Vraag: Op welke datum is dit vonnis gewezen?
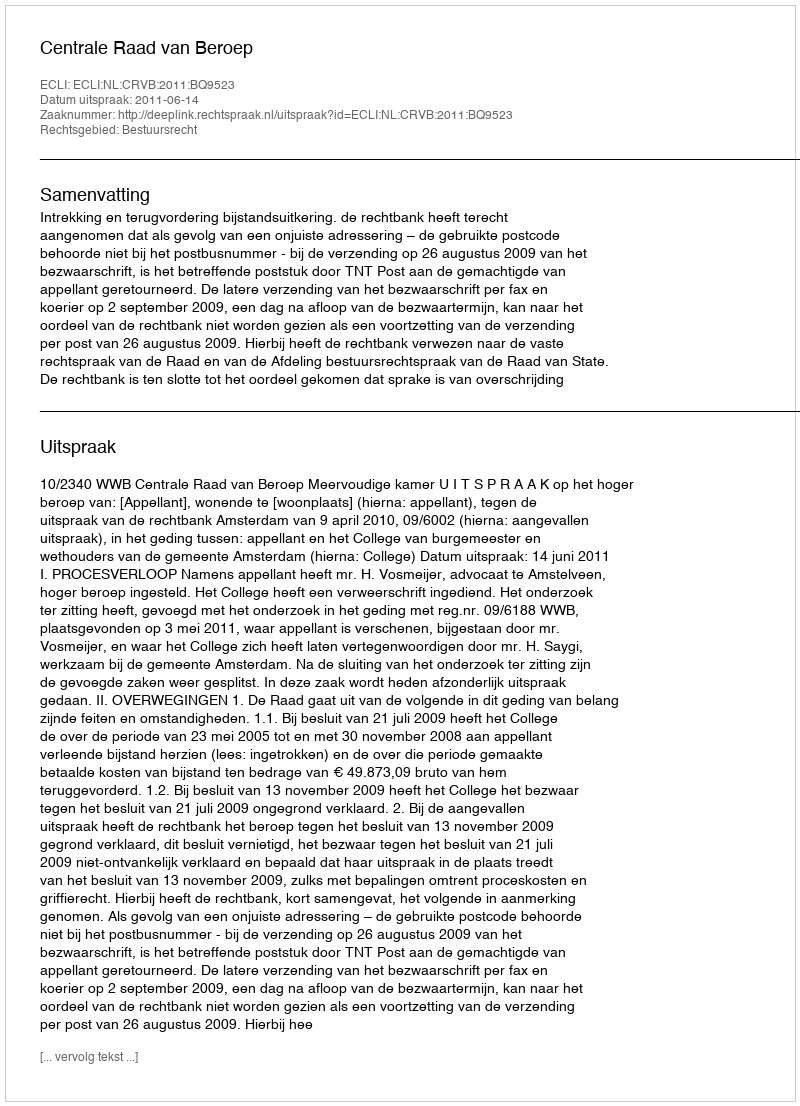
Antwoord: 2011-06-14